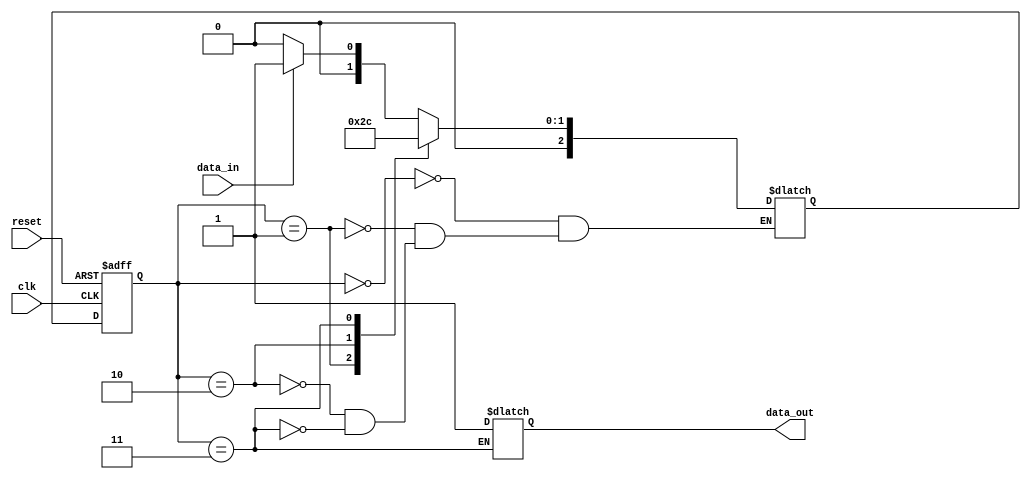
module three_flop_synchronizer(
    input wire clk,
    input wire reset,
    input wire data_in,
    output reg data_out
);

reg [2:0] state;
reg [2:0] next_state;

always @(posedge clk or posedge reset) begin
    if (reset) begin
        state <= 3'b000;
    end else begin
        state <= next_state;
    end
end

always @* begin
    case(state)
        3'b000: begin // Initial state
            if (data_in) begin
                next_state = 3'b001;
            end else begin
                next_state = 3'b000;
            end
        end
        
        3'b001: begin // First flip-flop
            next_state = 3'b010;
        end
        
        3'b010: begin // Second flip-flop
            next_state = 3'b011;
        end
        
        3'b011: begin // Third flip-flop
            data_out <= 1'b1;
            next_state = 3'b000;
        end
    endcase
end

endmodule